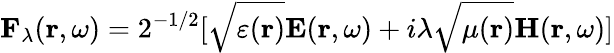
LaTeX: \mathbf{F}_{\lambda}(\mathbf{r},\omega)=2^{-1/2}[\sqrt{\varepsilon(\mathbf{r})}\mathbf{E}(\mathbf{r},\omega)+i\lambda\sqrt{\mu(\mathbf{r})}\mathbf{H}(\mathbf{r},\omega)]